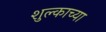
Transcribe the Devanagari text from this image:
शुल्काच्या